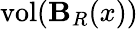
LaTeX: \operatorname{vol}(\mathbf{B}_{R}(x))